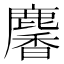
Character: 麘